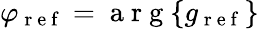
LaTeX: \varphi_{\mathrm{~r~e~f~}}=\mathrm{~a~r~g~}\{ g_{\mathrm{~r~e~f~}}\}